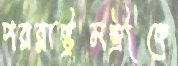
পররাষ্ট্রমন্ত্রীকে